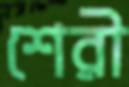
শেরী